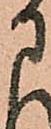
に